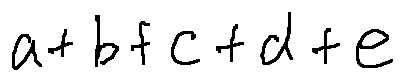
a + b + c + d + e